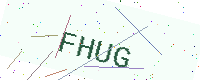
Text: FHUG